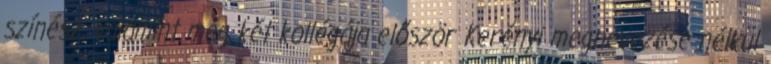
színész, valamint még két kollégája először Kerényi megnevezése nélkül